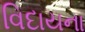
વિદાયના